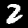
Label: 2